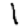
Digit: 1